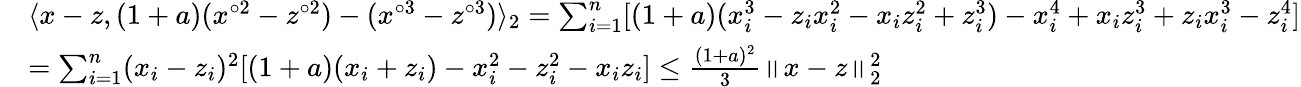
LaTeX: \begin{array}{rl}&{\langle x-z,(1+a)(x^{\circ 2}-z^{\circ 2})-(x^{\circ 3}-z^{\circ 3})\rangle_{2}=\sum_{i=1}^{n}[(1+a)(x_{i}^{3}-z_{i}x_{i}^{2}-x_{i}z_{i}^{2}+z_{i}^{3})-x_{i}^{4}+x_{i}z_{i}^{3}+z_{i}x_{i}^{3}-z_{i}^{4}]}\\ &{=\sum_{i=1}^{n}(x_{i}-z_{i})^{2}[(1+a)(x_{i}+z_{i})-x_{i}^{2}-z_{i}^{2}-x_{i}z_{i}]\leq\frac{(1+a)^{2}}{3}\left\| x-z\right\| _{2}^{2}}\end{array}